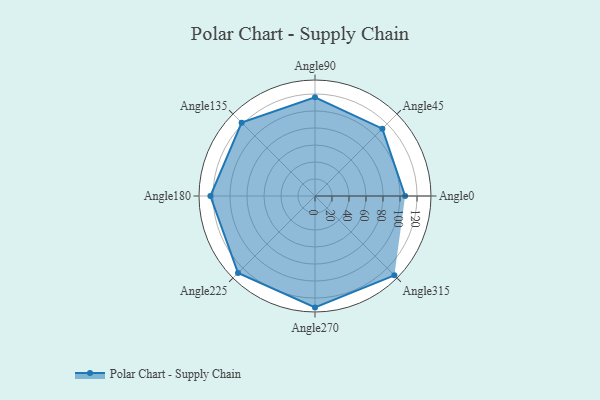
{"axis": {"x": "Angle", "y": "Radius"}, "legend": [""], "data": [{"x": "Angle0", "y": 106.0, "type": ""}, {"x": "Angle45", "y": 112.0, "type": ""}, {"x": "Angle90", "y": 116.0, "type": ""}, {"x": "Angle135", "y": 122.0, "type": ""}, {"x": "Angle180", "y": 123.0, "type": ""}, {"x": "Angle225", "y": 128.0, "type": ""}, {"x": "Angle270", "y": 131.0, "type": ""}, {"x": "Angle315", "y": 132.0, "type": ""}]}